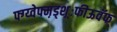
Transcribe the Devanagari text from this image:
फ्ग्य्वेफ्म़ड्श़़्ःफीऊवॅफ्